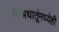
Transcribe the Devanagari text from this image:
मिश्रधातूंमध्येही